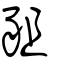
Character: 豠